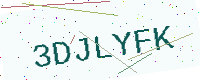
Text: 3DJLYFK